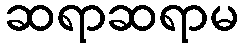
ဆရာဆရာမ